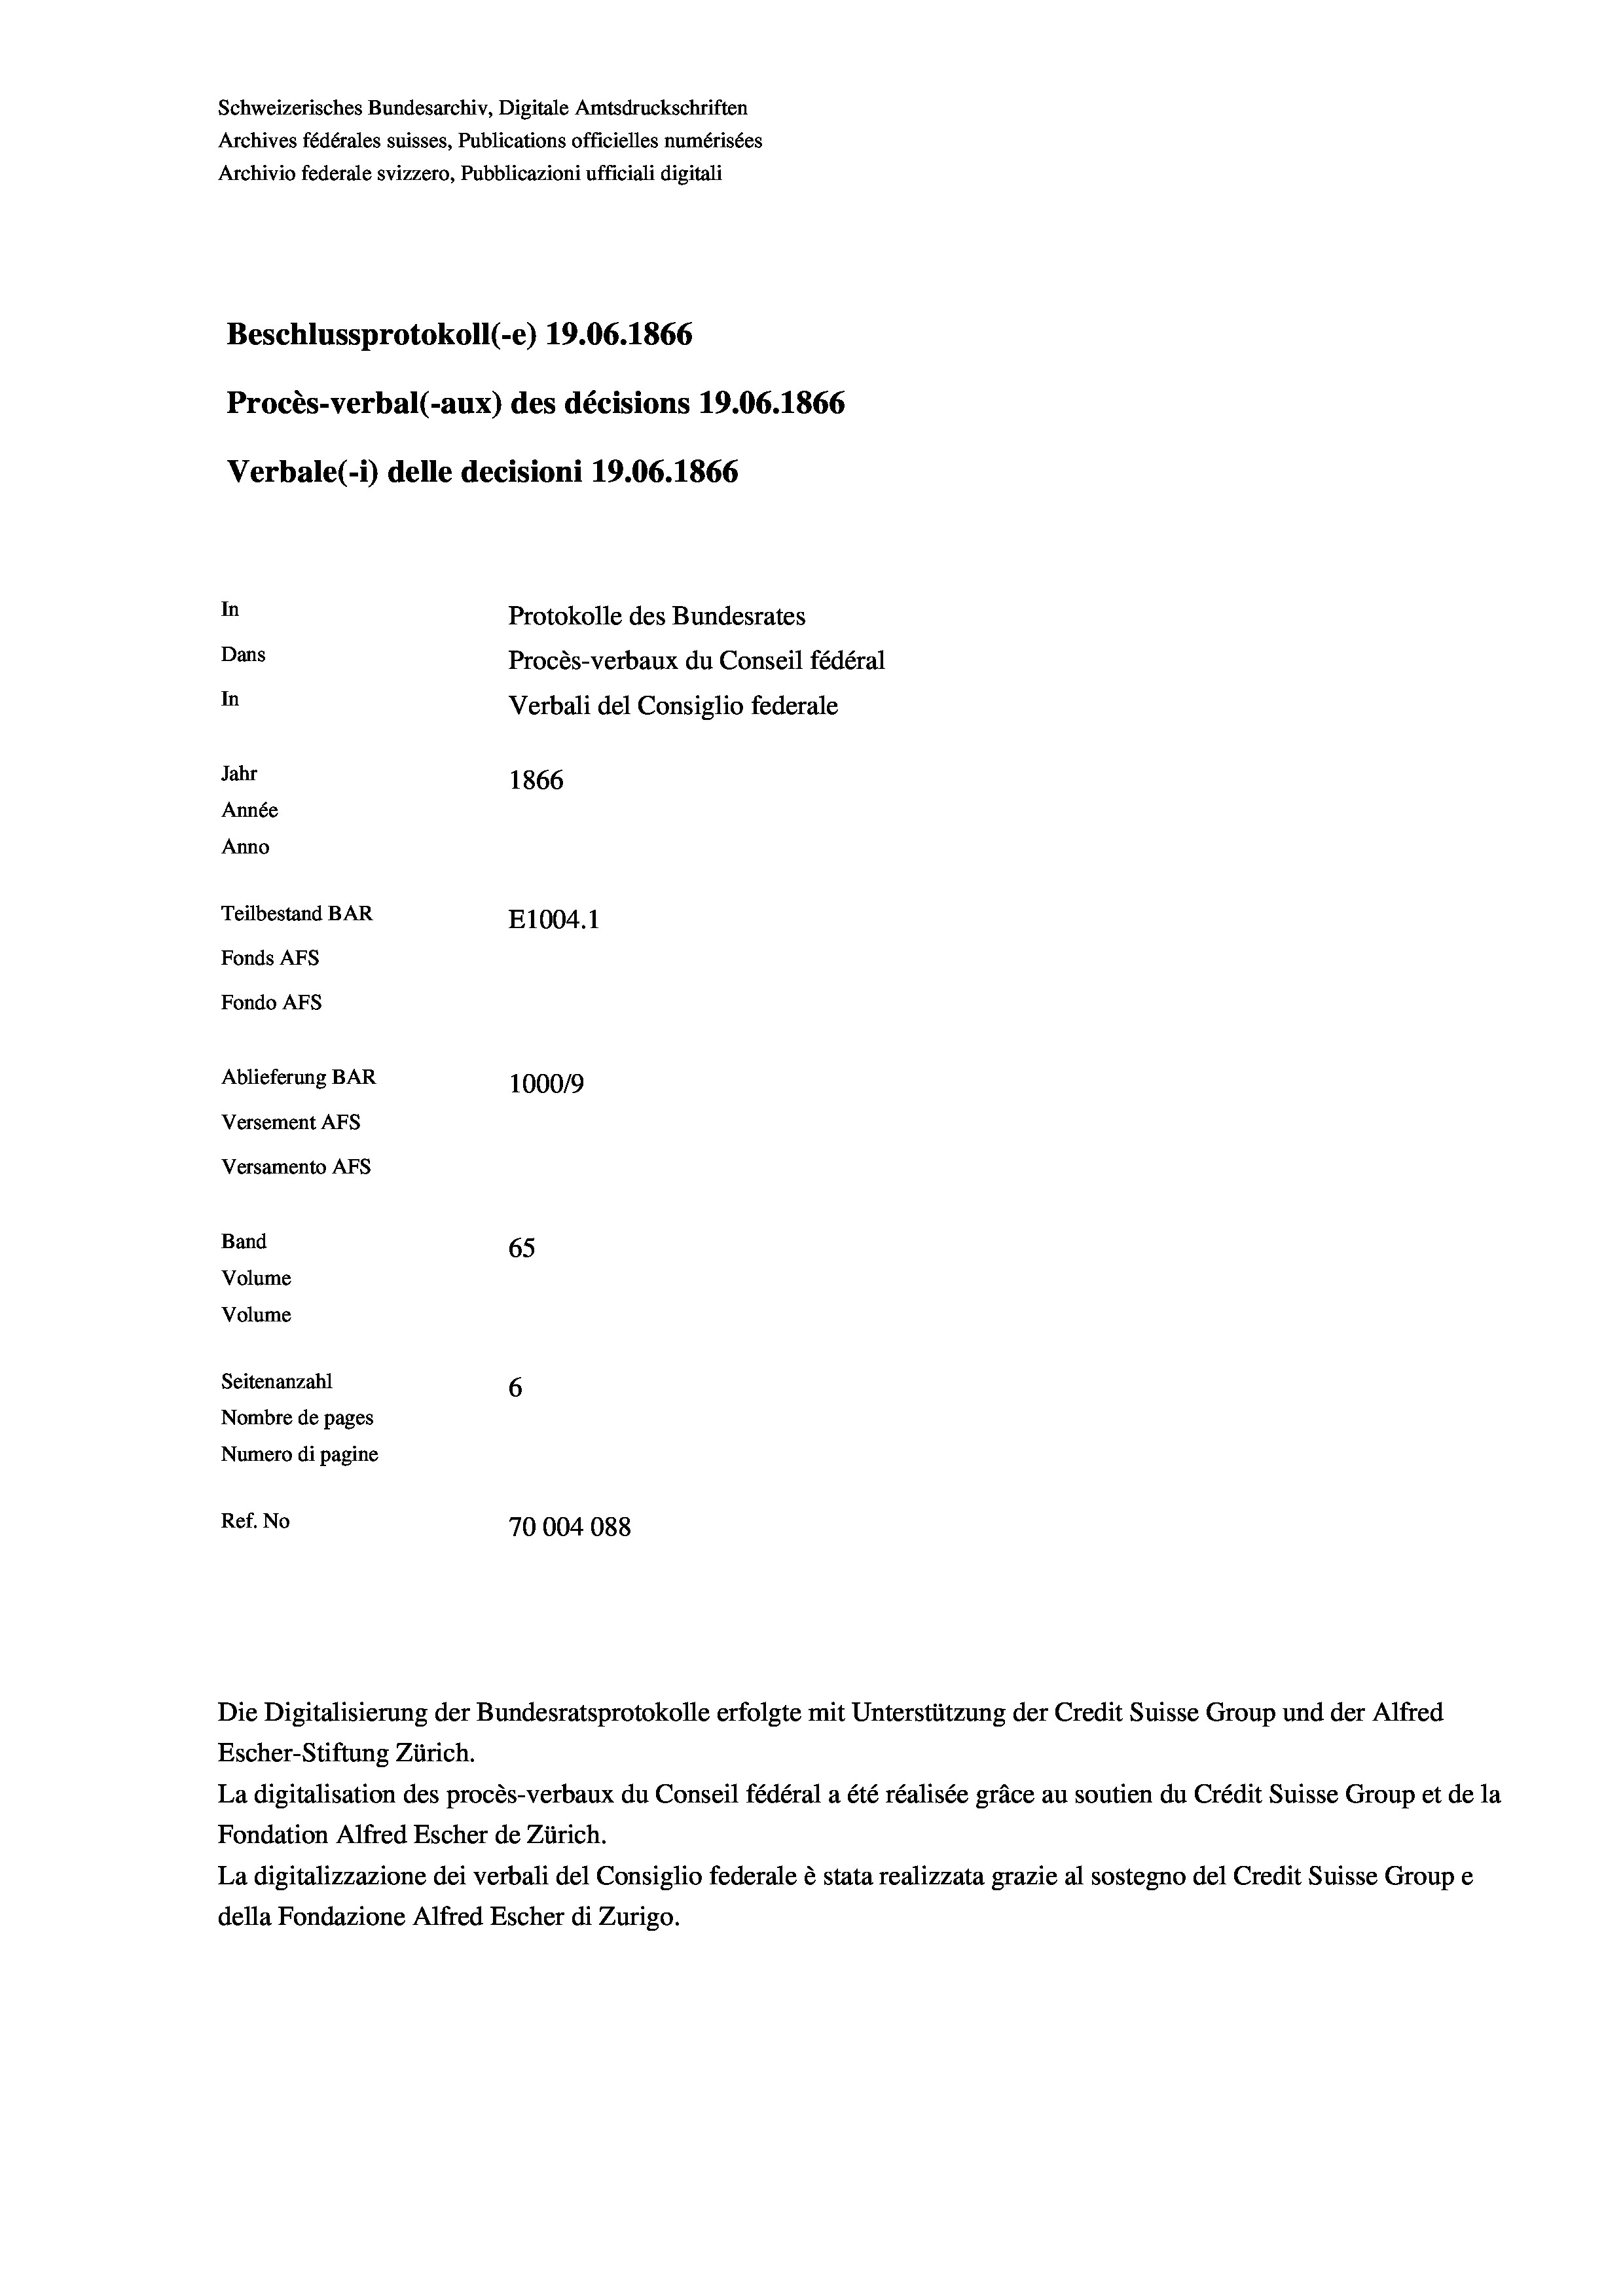
Schweizerisches Bundesarchiv, Digitale Amtsdruckschriften
Archives fédérales suisses, Publications officielles numérisées
Archivio federale svizzero, Pubblicazioni ufficiali digitali
Beschlussprotokoll (-e) 19.06. 1866
Procès-verbal (-aux) des décisions 19.06. 1866
Verbale (i) delle decisioni 19.06. 1866
In
Protokolle des Bundesrates
Dans
Procès-verbaux du Conseil fédéral
In
Verbali del Consiglio federale
Jahr
1866
Année
Anno
Teilbestand BAR
E1004. 1
Fonds Afs
Fondo AFs
Ablieferung BAR
100019
Versement AFS
Versamento Afs
Band
65
Volume
Volume
Seitenanzahl
6
Nombre de pages
Numero di pagine
Ref. No
70004088

Escher-Stiftung Zürich.
La digitalisation des procès-verbaux du Conseil fédéral a été réalisée gräce au soutien du Crédit Suisse Group et de la
Fondation Alfred Escher de Zürich.
La digitalizzazione dei verbali del Consiglio federale è stata realizzata grazie al sostegno del Credit Suisse Groupe
della Fondazione Alfred Escher di Zurigo.

Die Digitalisierung der Bundesratsprotokolle erfolgte mit Unterstützung der Credit Suisse Group und der Alfred